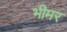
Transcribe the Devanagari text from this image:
भीमर